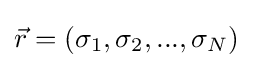
{\vec {r}}=(\sigma _{1},\sigma _{2},...,\sigma _{N})